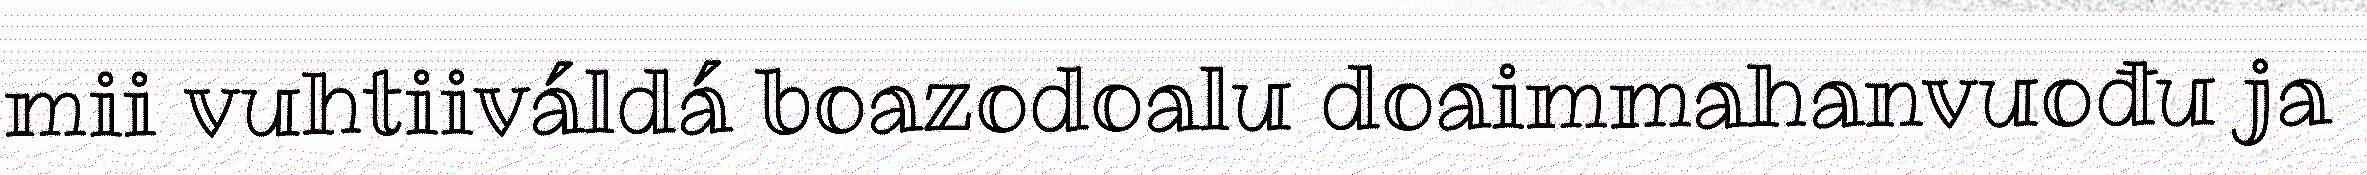
mii vuhtiiváldá boazodoalu doaimmahanvuođu ja